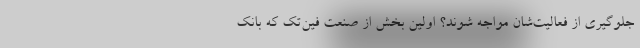
جلوگیری از فعالیت‌شان مواجه شوند؟ اولین بخش از صنعت فین‌تک که بانک